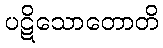
ပဋိသောတောတိ